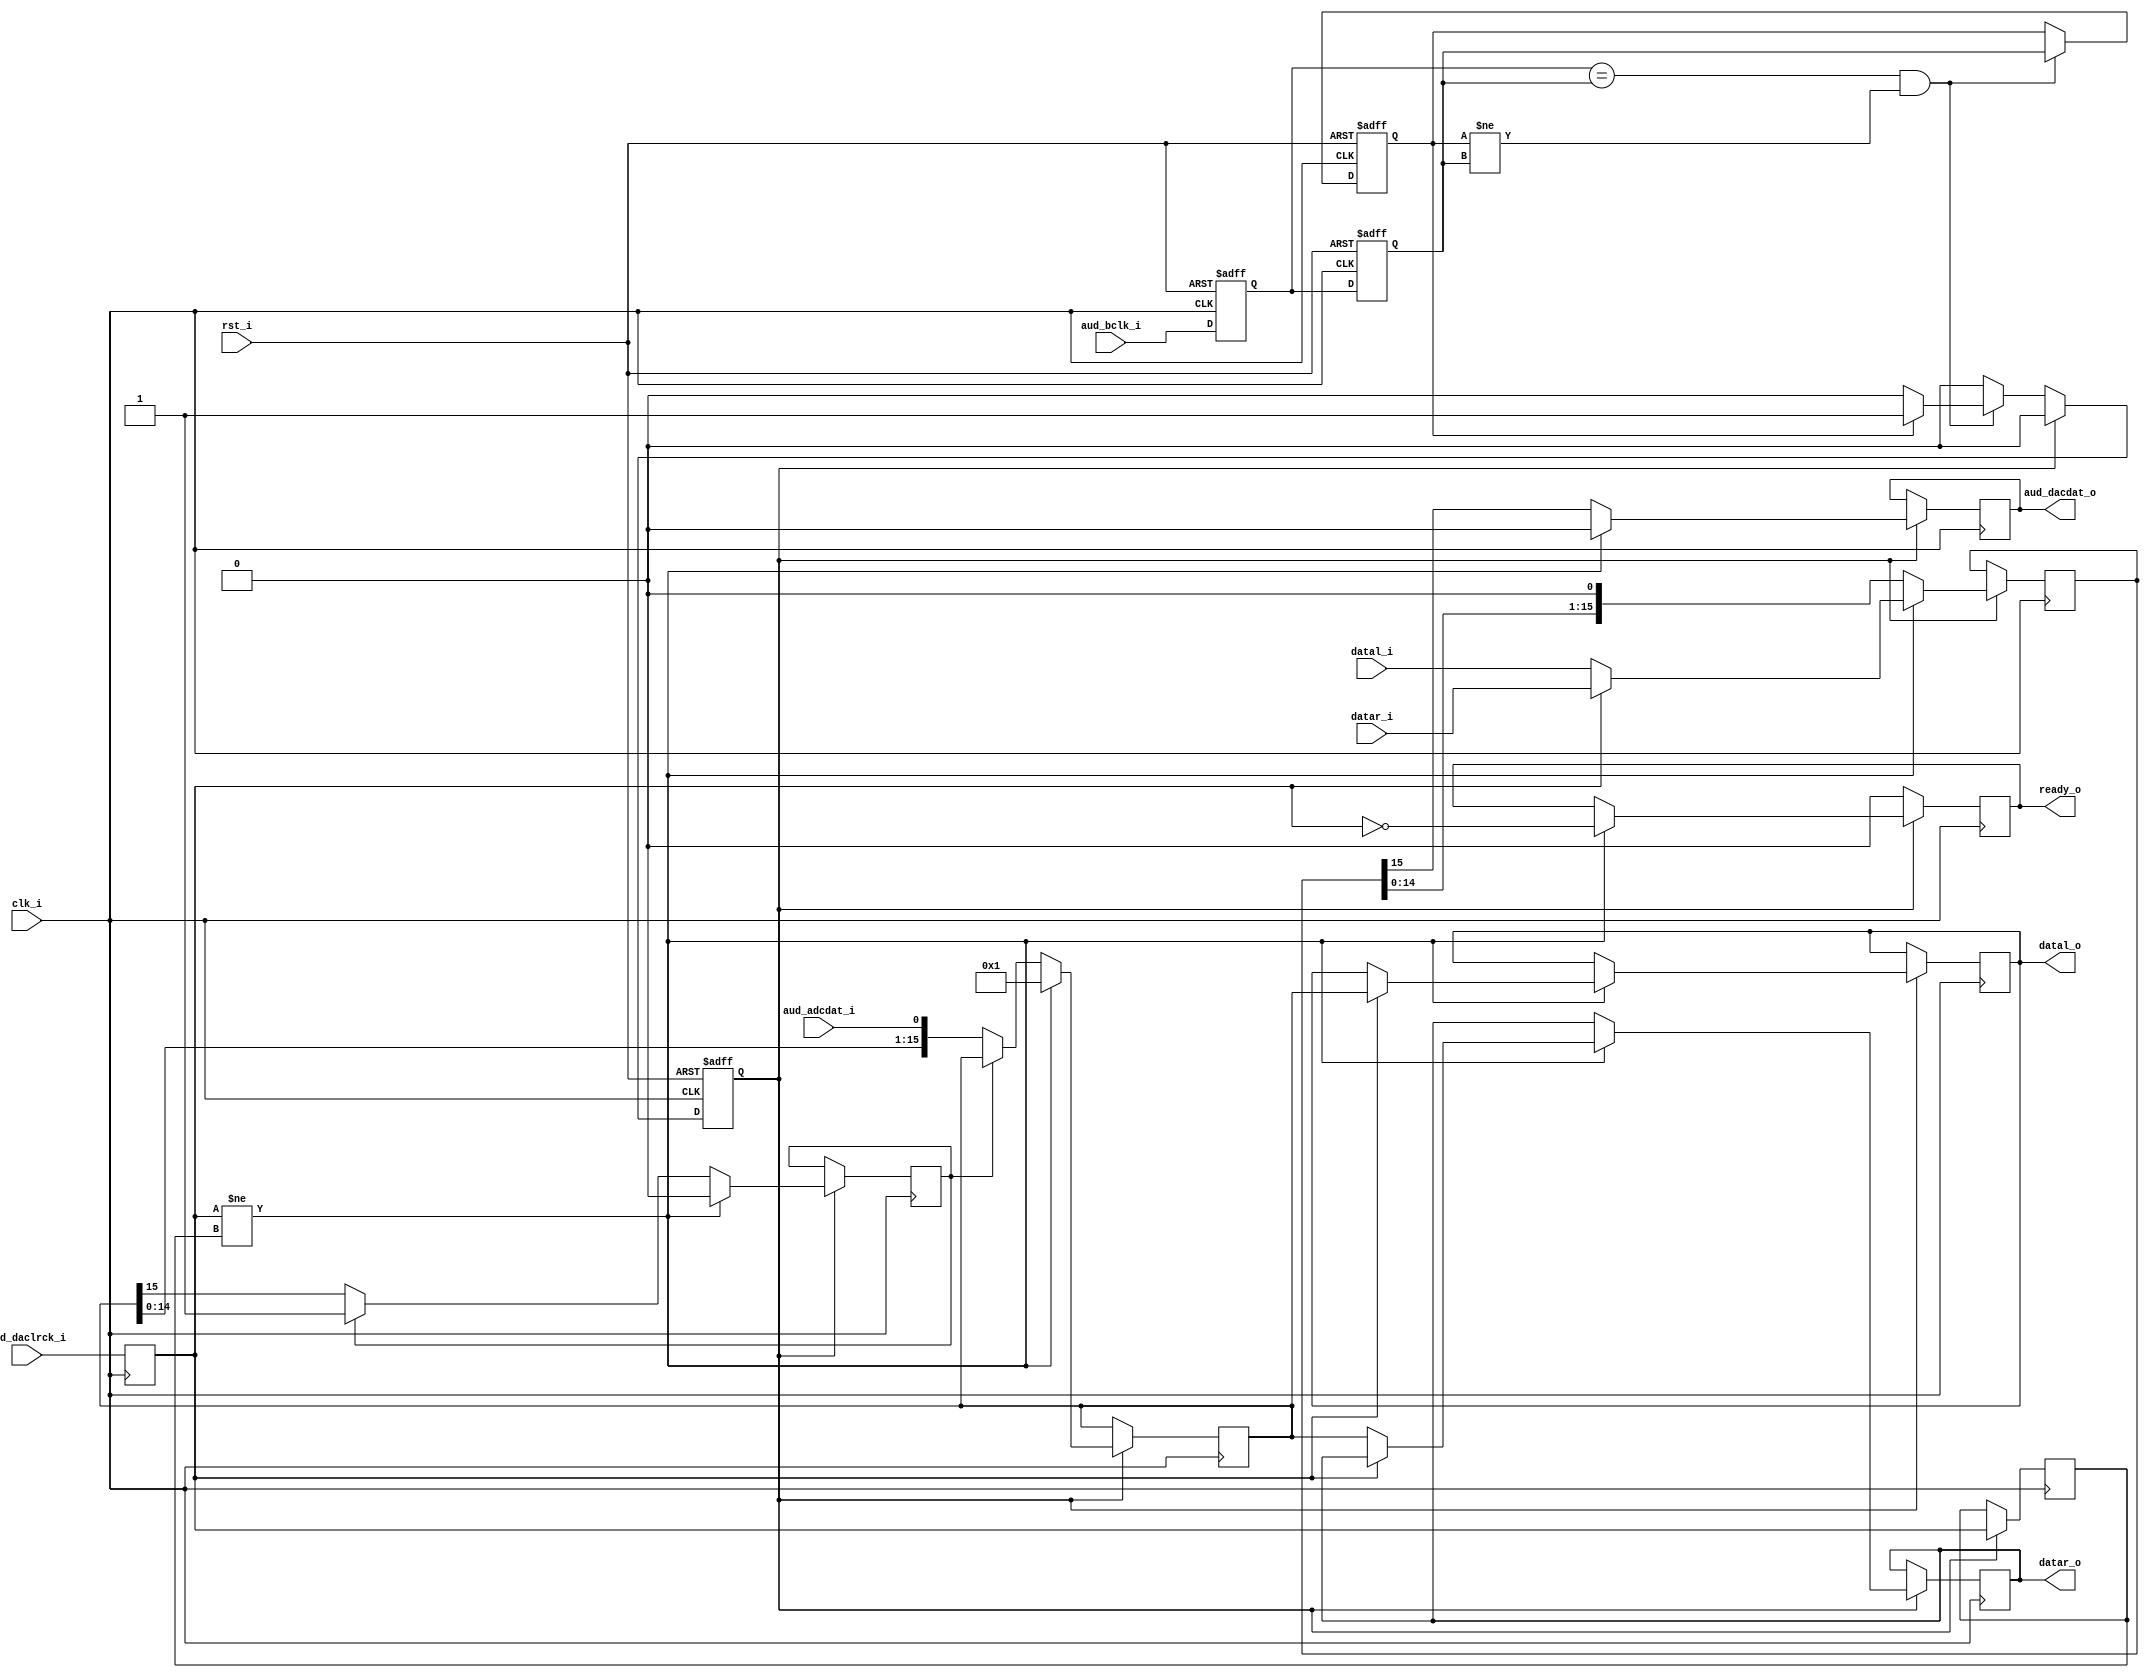
/*
 *  DE1/DE2 Audio Interface (WM8731 audio chip)
 *  Copyright (c) 2010  YS <ys05@mail.ru>
 *
 *  This file is part of the Zet processor. This processor is free
 *  hardware; you can redistribute it and/or modify it under the terms of
 *  the GNU General Public License as published by the Free Software
 *  Foundation; either version 3, or (at your option) any later version.
 *
 *  Zet is distrubuted in the hope that it will be useful, but WITHOUT
 *  ANY WARRANTY; without even the implied warranty of MERCHANTABILITY
 *  or FITNESS FOR A PARTICULAR PURPOSE. See the GNU General Public
 *  License for more details.
 *
 *  You should have received a copy of the GNU General Public License
 *  along with Zet; see the file COPYING. If not, see
 *  <http://www.gnu.org/licenses/>.
 */
/*
 *   - aud_xck should be generated and sent to audio chip externally
 *   - Setup in I2C_AV_Config.v:
 *     SET_FORMAT:  16'h0E42 (Slave / I2S / 16 bit)
 *     -  aud_xck        = 11.2896 MHz
 *        MCLK = aud_xck = 11.2896 MHz
 *     SAMPLE_CTRL: 16'h1020 (fs=44.1kHz / MCLK=256fs)
 *     -  aud_xck        = 5.6448 MHz
 *        MCLK = aud_xck = 5.6448 MHz
 *     SAMPLE_CTRL: 16'h103C (fs=44.1kHz / MCLK=128fs)
 *     -  aud_xck          = 11.2896 MHz
 *        MCLK = aud_xck/2 =  5.6448 MHz
 *     SAMPLE_CTRL: 16'h107C (fs=44.1kHz / MCLK=128fs)
 *   - clk_i should be much faster than aud_bclk_i
 *   - suppose in slave mode aud_daclrck_i == aud_adclrck_i, otherwise
 *     aud_adclrck_i may need separate processing and ready_o should
 *     be splitted into readydac_o and readyadc_o
 *   - ADC part is not tested
 */

module speaker_iface
  (
    // Main system interface
    input                     clk_i, 
    input                     rst_i, 
    input      signed [15:0]  datal_i,
    input      signed [15:0]  datar_i,
    output reg signed [15:0]  datal_o,
    output reg signed [15:0]  datar_o,

    output reg                ready_o,
//    output reg                readydac_o, // not used
//    output reg                readyadc_o, // not used

    // Audio interface
    input                     aud_bclk_i,
    input                     aud_daclrck_i,
    output reg                aud_dacdat_o,
    input                     aud_adcdat_i
  );

  reg fBCLK_HL;
//  reg fBCLK_LH;
  reg bCurrentClk;
  reg bFilterClk1;
  reg bFilterClk2;

  reg bDACLRCK_old;
  reg bDACLRCK;

  reg [15:0] rDAC;
  reg [15:0] rADC;

  reg fADCReady;

  // Synchronizing BCLK with clk_i
  always @(posedge clk_i or posedge rst_i)
  begin
    if (rst_i)
    begin
      fBCLK_HL <= 1'b0;
//      fBCLK_LH <= 1'b0;
      bCurrentClk <= 1'b0;
      bFilterClk1 <= 1'b0;
      bFilterClk2 <= 1'b0;
    end
    else
    begin
      bFilterClk1 <= aud_bclk_i;
      bFilterClk2 <= bFilterClk1;
      if ((bFilterClk1 == bFilterClk2) && (bCurrentClk != bFilterClk2))
      begin
        bCurrentClk <= bFilterClk2;
        if (bCurrentClk == 1'b1)
          fBCLK_HL <= 1'b1;  // falling edge of aud_bclk_i
//        else
//          fBCLK_LH <= 1'b1;  // rising edge of aud_bclk_i
      end
      if (fBCLK_HL)
        fBCLK_HL <= 1'b0; // 1 clock pulse fBCLK_HL
//      if (fBCLK_LH)
//        fBCLK_LH <= 1'b0; // 1 clock pulse fBCLK_LH
    end
  end  

  // Filtering aud_daclrck_i
  always @(posedge clk_i)
    bDACLRCK <= aud_daclrck_i;

  // Processsing BCLK
  always @(posedge clk_i)
  begin
    if (fBCLK_HL)
    begin
      bDACLRCK_old <= bDACLRCK;
      if (bDACLRCK != bDACLRCK_old)
      begin
        // DAC write
        rDAC <= (bDACLRCK) ? datar_i : datal_i;
        aud_dacdat_o <= 1'b0;
        // ADC read
        if (bDACLRCK)
          datal_o <= rADC;
        else
          datar_o <= rADC;
        rADC <= 16'h0001;
        fADCReady <= 1'b0;
        // ready pulse
        ready_o <= ~bDACLRCK;
      end
      else
      begin
        //DAC shift
        { aud_dacdat_o, rDAC } <= { rDAC, 1'b0 };
        // ADC shift
        if (!fADCReady)
          { fADCReady, rADC} <= { rADC, aud_adcdat_i };
      end
    end
    else if (ready_o)
      ready_o <= 1'b0; // 1 clock ready_o pulse
  end

endmodule